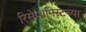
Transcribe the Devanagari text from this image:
रिसेप्शनिस्टच्या